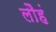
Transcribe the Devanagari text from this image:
लौहं